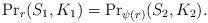
LaTeX: \begin{align*}{\Pr}_r(S_1, K_1) = {\Pr}_{\psi (r)}(S_2, K_2).\end{align*}